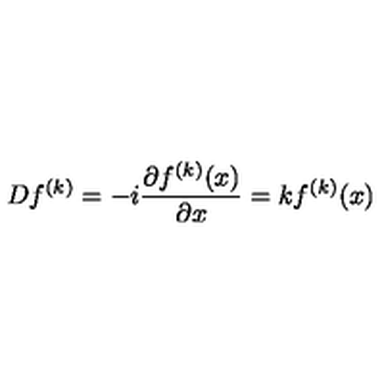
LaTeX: D f ^ { ( k ) } = - i \frac { \partial f ^ { ( k ) } ( x ) } { \partial x } = k f ^ { ( k ) } ( x )